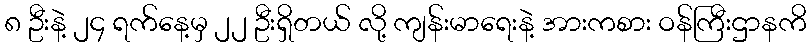
၈ ဦးနဲ့ ၂၄ ရက်နေ့မှ ၂၂ ဦးရှိတယ် လို့ ကျန်းမာရေးနဲ့ အားကစား ဝန်ကြီးဌာနကိ